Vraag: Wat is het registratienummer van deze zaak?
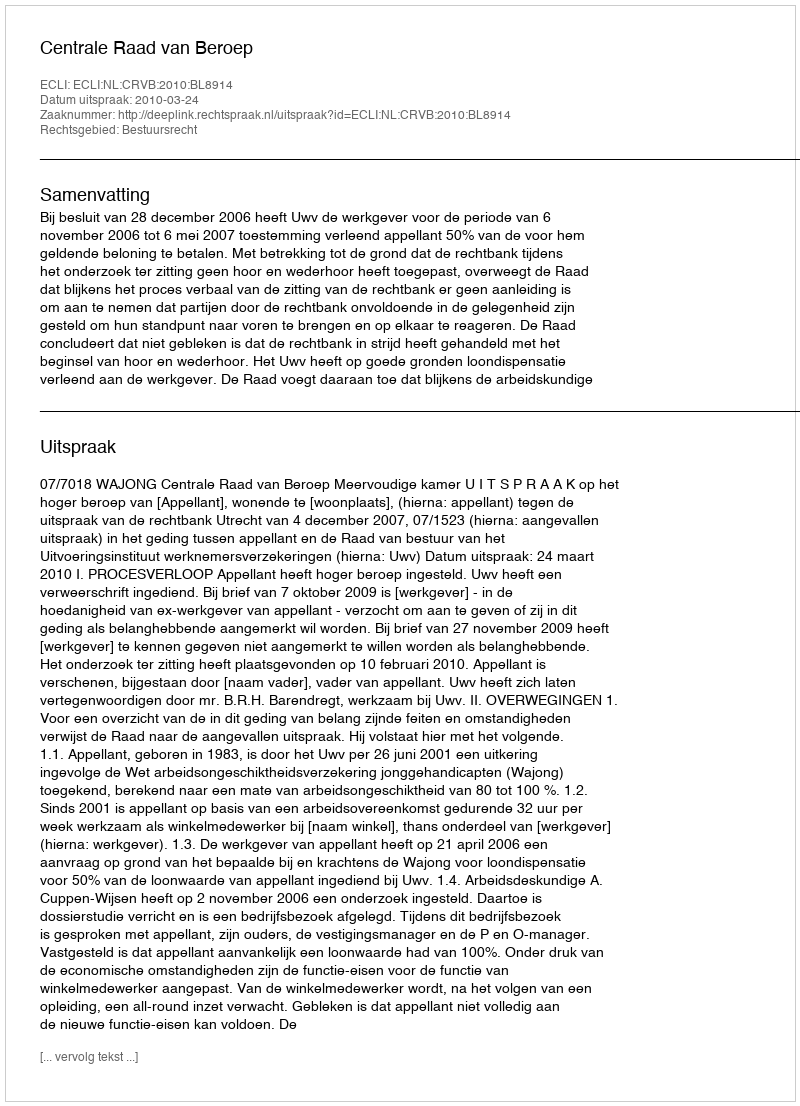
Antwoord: http://deeplink.rechtspraak.nl/uitspraak?id=ECLI:NL:CRVB:2010:BL8914